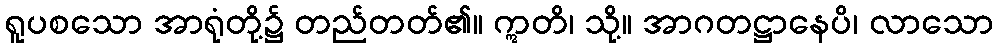
ရူပစသော အာရုံတို့၌ တည်တတ်၏။ ဣတိ၊ သို့။ အာဂတဋ္ဌာနေပိ၊ လာသော